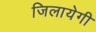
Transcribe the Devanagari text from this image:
जिलायेगी